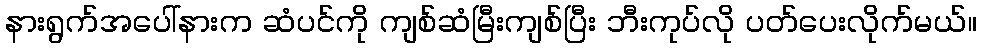
နားရွက်အပေါ်နားက ဆံပင်ကို ကျစ်ဆံမြီးကျစ်ပြီး ဘီးကုပ်လို ပတ်ပေးလိုက်မယ်။